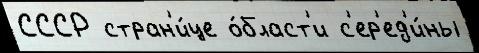
СССР стран'и́це о́бласт'и с'ер'ед'и́ны